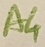
Text: A4